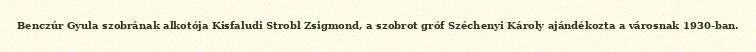
Benczúr Gyula szobrának alkotója Kisfaludi Strobl Zsigmond, a szobrot gróf Széchenyi Károly ajándékozta a városnak 1930-ban.